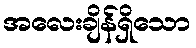
အလေးချိန်ရှိသော